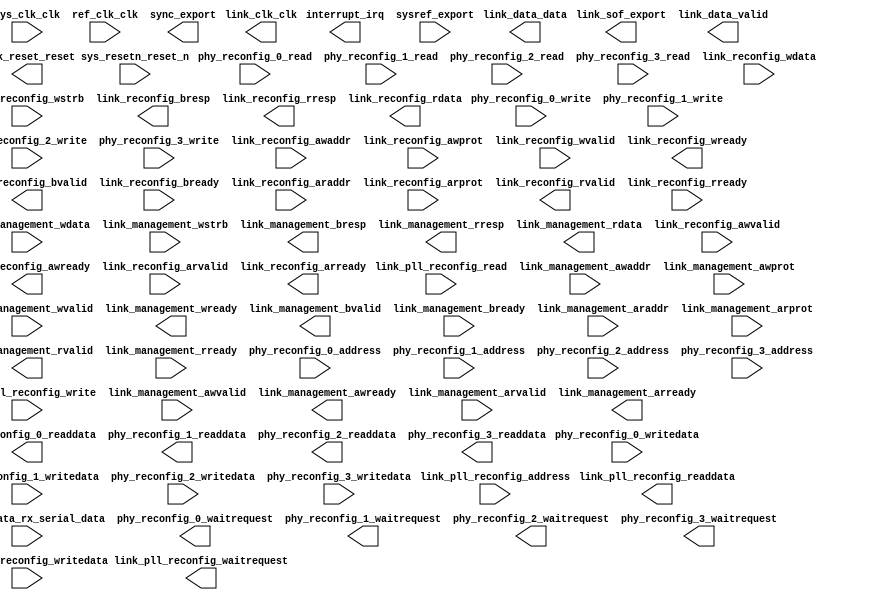
module ad9680_jesd204 (
		input  wire         sys_clk_clk,                   //           sys_clk.clk
		input  wire         sys_resetn_reset_n,            //        sys_resetn.reset_n
		input  wire         ref_clk_clk,                   //           ref_clk.clk
		input  wire         link_pll_reconfig_write,       // link_pll_reconfig.write
		input  wire         link_pll_reconfig_read,        //                  .read
		input  wire [9:0]   link_pll_reconfig_address,     //                  .address
		input  wire [31:0]  link_pll_reconfig_writedata,   //                  .writedata
		output wire [31:0]  link_pll_reconfig_readdata,    //                  .readdata
		output wire         link_pll_reconfig_waitrequest, //                  .waitrequest
		output wire         link_clk_clk,                  //          link_clk.clk
		output wire         link_reset_reset,              //        link_reset.reset
		input  wire         link_management_awvalid,       //   link_management.awvalid
		input  wire [11:0]  link_management_awaddr,        //                  .awaddr
		input  wire [2:0]   link_management_awprot,        //                  .awprot
		output wire         link_management_awready,       //                  .awready
		input  wire         link_management_wvalid,        //                  .wvalid
		input  wire [31:0]  link_management_wdata,         //                  .wdata
		input  wire [3:0]   link_management_wstrb,         //                  .wstrb
		output wire         link_management_wready,        //                  .wready
		output wire         link_management_bvalid,        //                  .bvalid
		output wire [1:0]   link_management_bresp,         //                  .bresp
		input  wire         link_management_bready,        //                  .bready
		input  wire         link_management_arvalid,       //                  .arvalid
		input  wire [11:0]  link_management_araddr,        //                  .araddr
		input  wire [2:0]   link_management_arprot,        //                  .arprot
		output wire         link_management_arready,       //                  .arready
		output wire         link_management_rvalid,        //                  .rvalid
		output wire [1:0]   link_management_rresp,         //                  .rresp
		output wire [31:0]  link_management_rdata,         //                  .rdata
		input  wire         link_management_rready,        //                  .rready
		input  wire [3:0]   serial_data_rx_serial_data,    //       serial_data.rx_serial_data
		input  wire [9:0]   phy_reconfig_0_address,        //    phy_reconfig_0.address
		input  wire         phy_reconfig_0_read,           //                  .read
		output wire [31:0]  phy_reconfig_0_readdata,       //                  .readdata
		output wire         phy_reconfig_0_waitrequest,    //                  .waitrequest
		input  wire         phy_reconfig_0_write,          //                  .write
		input  wire [31:0]  phy_reconfig_0_writedata,      //                  .writedata
		input  wire [9:0]   phy_reconfig_1_address,        //    phy_reconfig_1.address
		input  wire         phy_reconfig_1_read,           //                  .read
		output wire [31:0]  phy_reconfig_1_readdata,       //                  .readdata
		output wire         phy_reconfig_1_waitrequest,    //                  .waitrequest
		input  wire         phy_reconfig_1_write,          //                  .write
		input  wire [31:0]  phy_reconfig_1_writedata,      //                  .writedata
		input  wire [9:0]   phy_reconfig_2_address,        //    phy_reconfig_2.address
		input  wire         phy_reconfig_2_read,           //                  .read
		output wire [31:0]  phy_reconfig_2_readdata,       //                  .readdata
		output wire         phy_reconfig_2_waitrequest,    //                  .waitrequest
		input  wire         phy_reconfig_2_write,          //                  .write
		input  wire [31:0]  phy_reconfig_2_writedata,      //                  .writedata
		input  wire [9:0]   phy_reconfig_3_address,        //    phy_reconfig_3.address
		input  wire         phy_reconfig_3_read,           //                  .read
		output wire [31:0]  phy_reconfig_3_readdata,       //                  .readdata
		output wire         phy_reconfig_3_waitrequest,    //                  .waitrequest
		input  wire         phy_reconfig_3_write,          //                  .write
		input  wire [31:0]  phy_reconfig_3_writedata,      //                  .writedata
		input  wire         link_reconfig_awvalid,         //     link_reconfig.awvalid
		input  wire [13:0]  link_reconfig_awaddr,          //                  .awaddr
		input  wire [2:0]   link_reconfig_awprot,          //                  .awprot
		output wire         link_reconfig_awready,         //                  .awready
		input  wire         link_reconfig_wvalid,          //                  .wvalid
		input  wire [31:0]  link_reconfig_wdata,           //                  .wdata
		input  wire [3:0]   link_reconfig_wstrb,           //                  .wstrb
		output wire         link_reconfig_wready,          //                  .wready
		output wire         link_reconfig_bvalid,          //                  .bvalid
		output wire [1:0]   link_reconfig_bresp,           //                  .bresp
		input  wire         link_reconfig_bready,          //                  .bready
		input  wire         link_reconfig_arvalid,         //                  .arvalid
		input  wire [13:0]  link_reconfig_araddr,          //                  .araddr
		input  wire [2:0]   link_reconfig_arprot,          //                  .arprot
		output wire         link_reconfig_arready,         //                  .arready
		output wire         link_reconfig_rvalid,          //                  .rvalid
		output wire [1:0]   link_reconfig_rresp,           //                  .rresp
		output wire [31:0]  link_reconfig_rdata,           //                  .rdata
		input  wire         link_reconfig_rready,          //                  .rready
		output wire         interrupt_irq,                 //         interrupt.irq
		input  wire         sysref_export,                 //            sysref.export
		output wire [0:0]   sync_export,                   //              sync.export
		output wire [3:0]   link_sof_export,               //          link_sof.export
		output wire [127:0] link_data_data,                //         link_data.data
		output wire         link_data_valid                //                  .valid
	);
endmodule